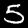
Label: 5